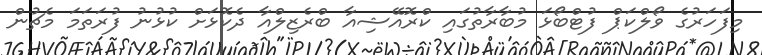
މިފަހަރުގެ ވޯލްކަޕް ފުޓްބޯޅަ މުބާރާތުގައި ކްރޮއޭޝިއާ ބްރެޒިލްއާ ދެކޮޅަށް ކުޅުނު ފުރަތަމަ މެޗުން